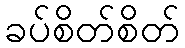
ခပ်စိတ်စိတ်